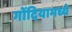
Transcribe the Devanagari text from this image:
गोंदियामध्ये